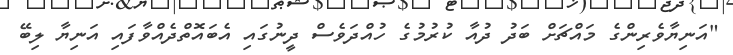
"އަނިޔާވެރިންގެ މައްޗަށް ބަދު ދުއާ ކުރުމުގެ ހުއްދަވެސް ދީނުގައި އެބައޮތްދެއްވާފައި އަނިޔާ ލިބޭ